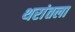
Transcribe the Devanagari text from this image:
थरांतला